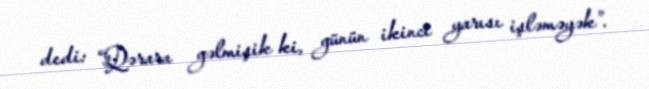
dedi: “Qərara gəlmişik ki, günün ikinci yarısı işləməyək”.